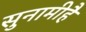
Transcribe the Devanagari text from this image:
सुनामीहै